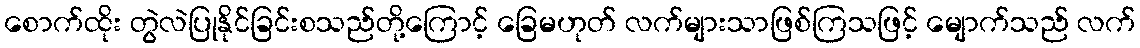
စောက်ထိုး တွဲလဲပြုနိုင်ခြင်းစသည်တို့ကြောင့် ခြေမဟုတ် လက်များသာဖြစ်ကြသဖြင့် မျောက်သည် လက်